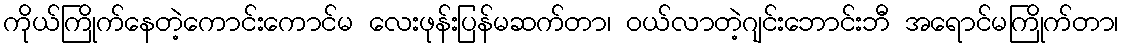
ကိုယ်ကြိုက်နေတဲ့ကောင်းကောင်မ လေးဖုန်းပြန်မဆက်တာ၊ ဝယ်လာတဲ့ဂျင်းဘောင်းဘီ အရောင်မကြိုက်တာ၊